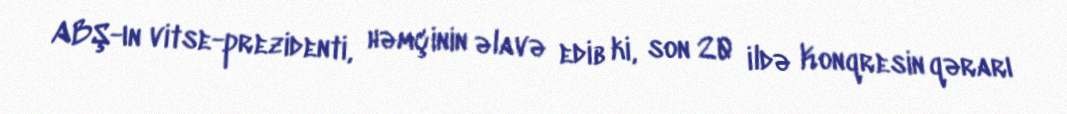
ABŞ-ın vitse-prezidenti, həmçinin əlavə edib ki, son 20 ildə Konqresin qərarı